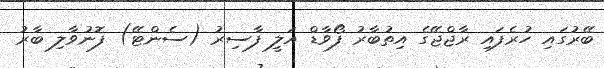
ބޭރުގައި ހުރެފައި ރާޖްޖޭގެ އިތުބާރު ފޯވާޑް އަލީ ފާސިރު (ސެންޓޭ) ފޮނުވާލި ބާރު